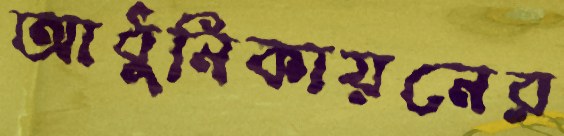
আধুনিকায়নের